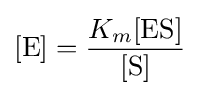
[{\ce {E}}]={\frac {K_{m}[{\mathrm {ES} }]}{[\mathrm {S} ]}}